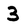
Character: 3